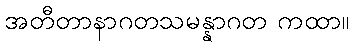
အတီတာနာဂတသမန္နာဂတ ကထာ။